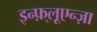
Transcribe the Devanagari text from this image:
इन्फ़्लूएन्ज़ा